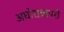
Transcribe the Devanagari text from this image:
अघोरान्नापरो